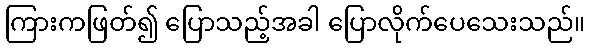
ကြားကဖြတ်၍ ပြောသည့်အခါ ပြောလိုက်ပေသေးသည်။